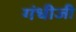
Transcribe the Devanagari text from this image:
गंधीजी